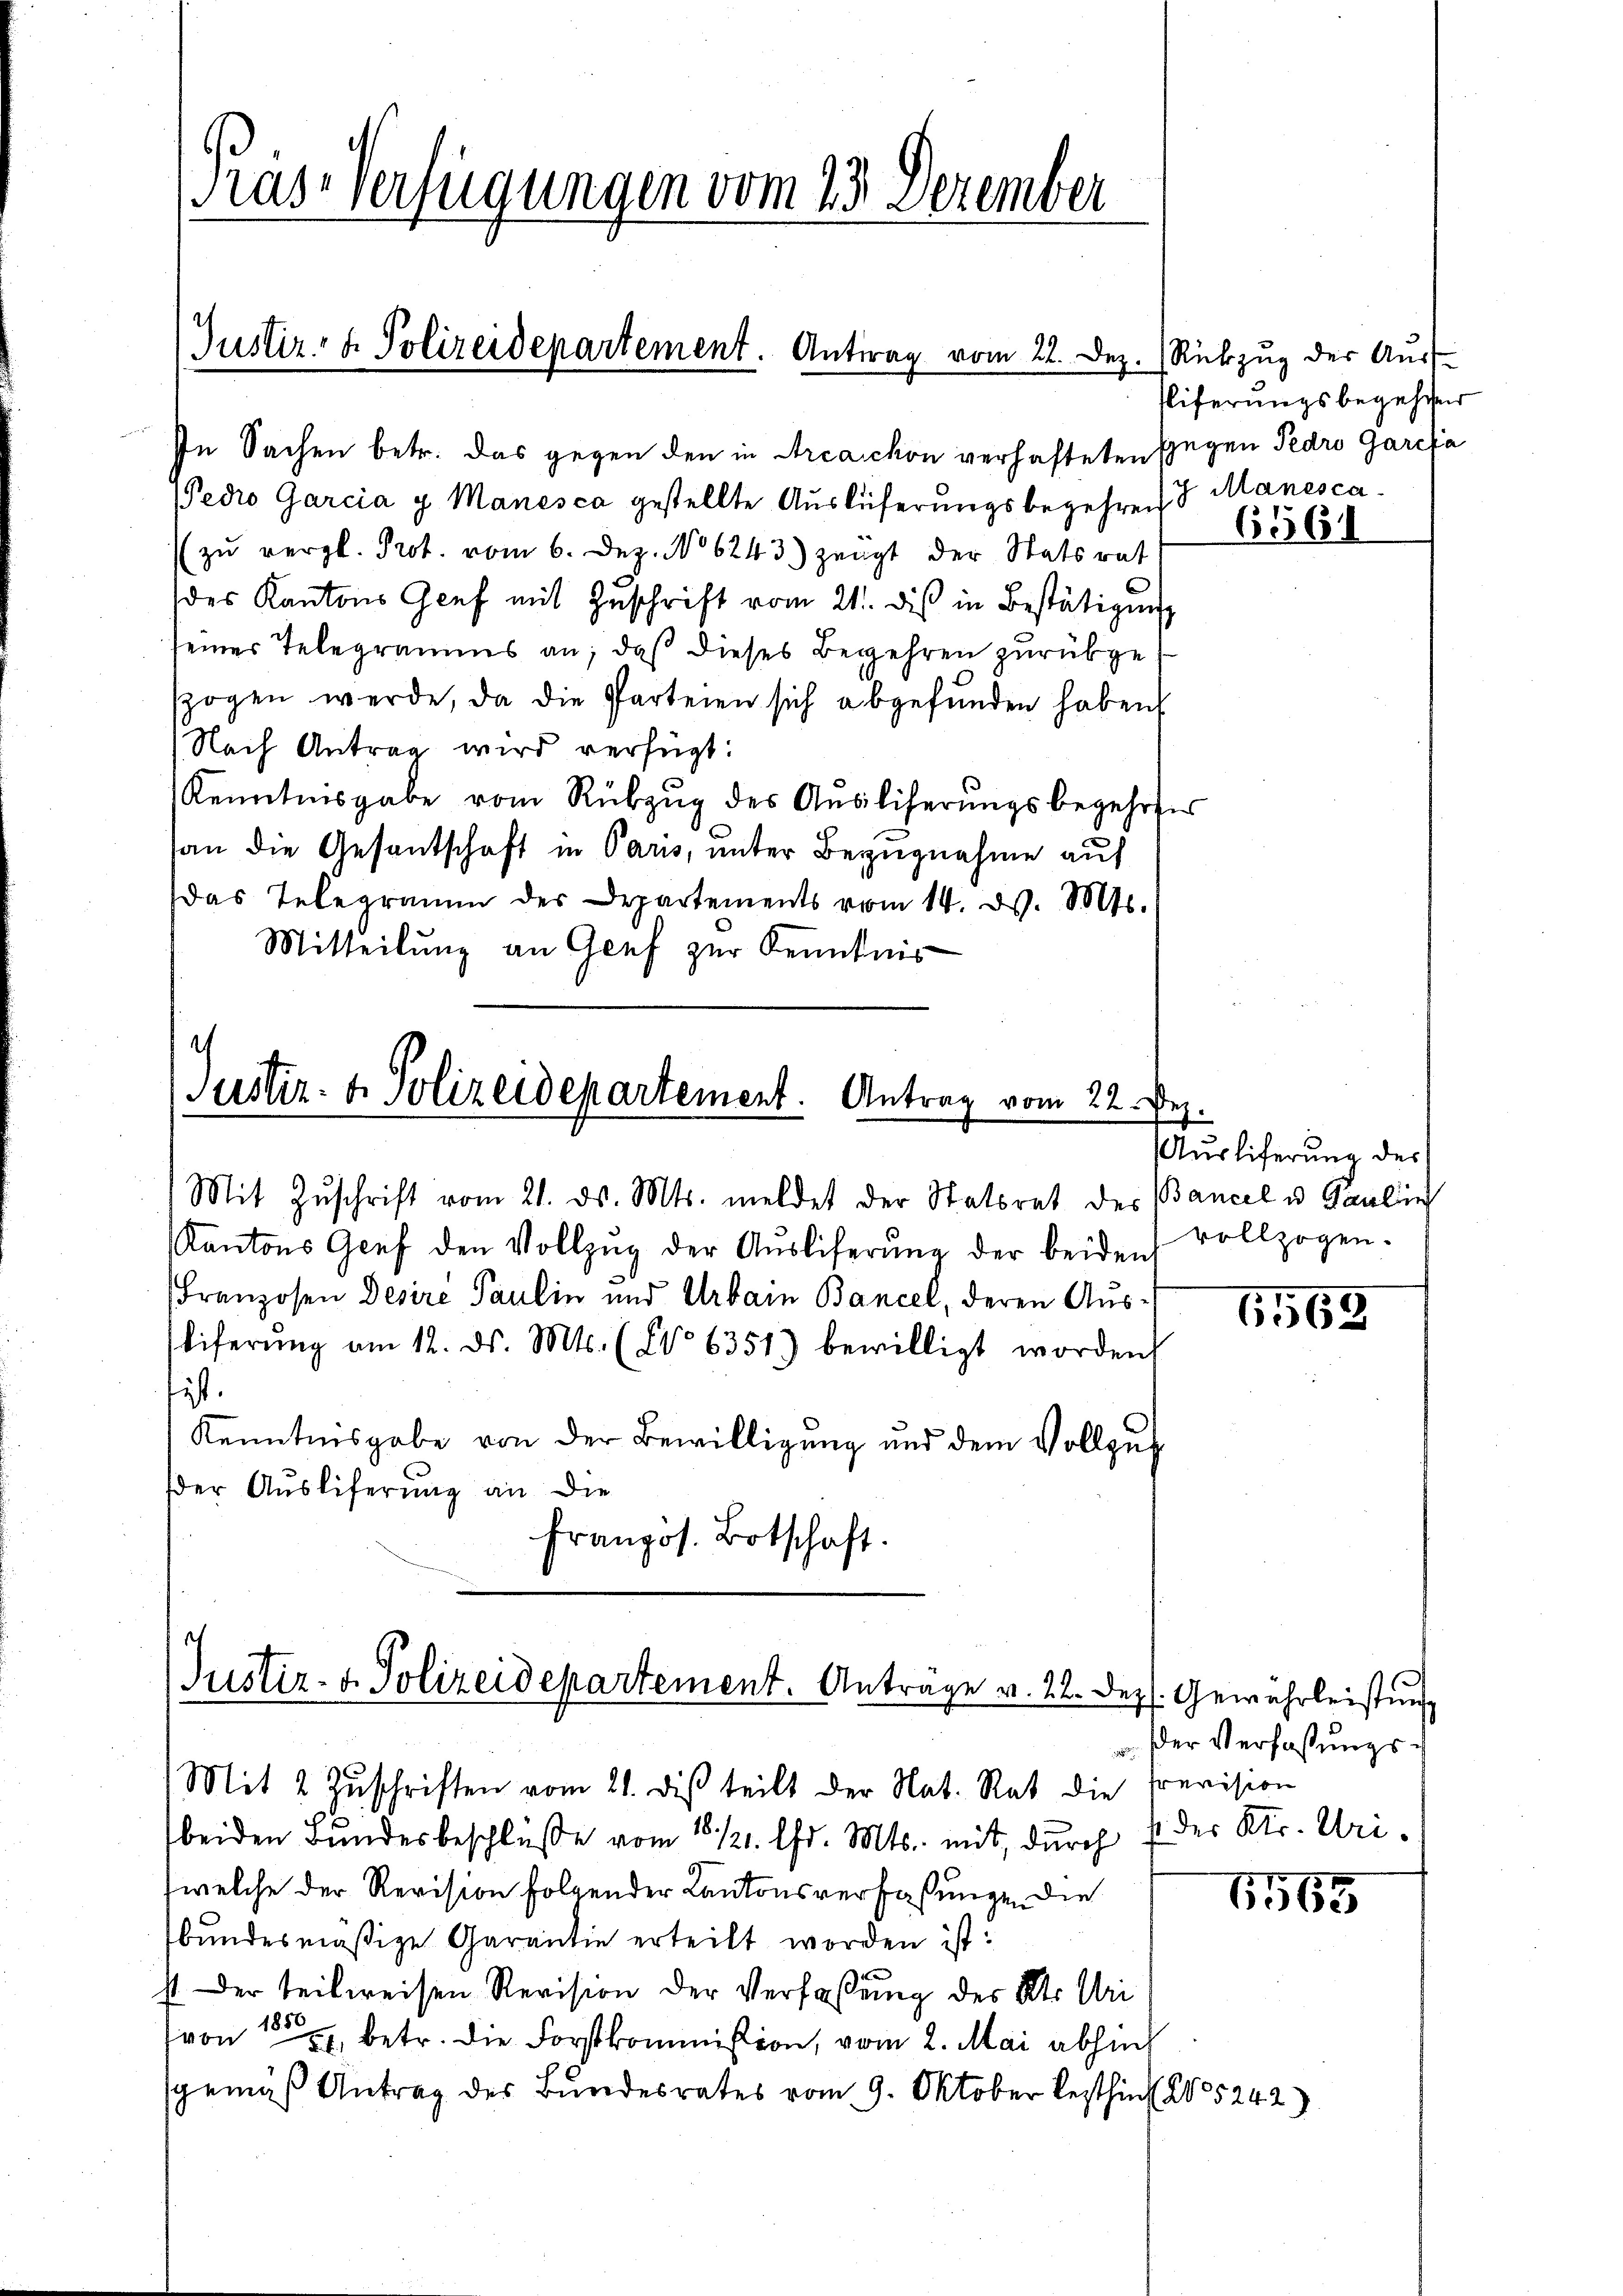
Präs. Verfügungen vom 23. Dezember

Justiz- & Polizeidepartement. Antrag vom 22. Dez.

In Sachen betr. das gegen den in Arcachon verhafteten Gegen Pedro Garefa
Pedro Garcia g. Manesca gestellte Aŭslüferungsbegehren 8 Manesca¬
 zŭ vergl. Prot. vom 6. Dez. No 6243) zeugt der Statsrat
des Kantons Genf mit Zŭschrift vom 21. dis in Bestätigung
seines Telegramms an; daß dieses Begehren zurückgeszogen werde, da die Parteien sich abgefunden haben
Nach Antrag wird verfügt:
Kenntnisgabe vom Rübzŭg des Aŭslicherŭngsbegehrer
an die Gesantschaft in Paris, unter Bezugnahme auf
das Telegramm des Departements vom 14. d. Mts.
Mitteilung an Genf zur Kenntnis

Justiz- & Polizeidepartement. Antrag vom 22. Dez.

Mit Zuschrift vom 21. ds. Mts. meldet der Statorat des Bancel u. Paulin
Kantons Genf den Vollzŭg der Aŭsliferŭng der beiden vollzogen.
Franzosen Desire Paulin und Urbain Bancel, deren Ausliferŭng am 12. ds. Mts. (No 6351) bewilligt worden.
sist.
Kenntnisgabe von der Bewilligung und dem Vollzug
der Ausliferung an die
französ. Botschaft.

Justiz- & Polizeidepartement. Anträge v. 22. Dez
1
(Mit 2 Zuschriften vom 21. dis teilt der Nat. Rat die Prevision

Rückzug der Ausf
Eiferungsbegehren

Auslieferung des

beiden Bundesbeschluße vom 18 1/21. Chr. Mts. mit, durch der Str. Uri
welche der Revision folgender Kantonsverfaßungen die
bundesmäßige Garantie erteilt worden ist:
st. Der teilweisen Revision der Verfaßung des Kt. Uri
(von 157, betr. die Forstkommission, vom 2. Mai abhin
sgemäß Antrag des Bundesrates vom 9. Oktober lezthin 15242)

65561

15569

Gewährleistung
der Verfaßungs¬

15569